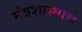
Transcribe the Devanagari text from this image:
मंत्रशास्त्राचे